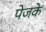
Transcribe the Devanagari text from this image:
पेजके